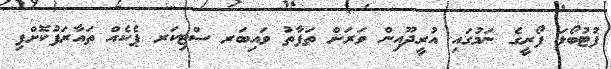
ފުޓުބޯޅަ ފޯރީގެ ނަމުގައި އުރީދޫއިން ވަރަށް ތަފާތު ވައިބަރ ސްޓިކަރ ޕެކެއް ތައާރަފުކޮށްފި